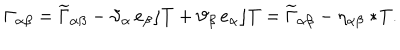
\Gamma _ { \alpha \beta } = \widetilde { \Gamma } _ { \alpha \beta } - \vartheta _ { \alpha } \, e _ { \beta } \rfloor T + \vartheta _ { \beta } \, e _ { \alpha } \rfloor T = \widetilde { \Gamma } _ { \alpha \beta } - \eta _ { \alpha \beta } \ast \! T .